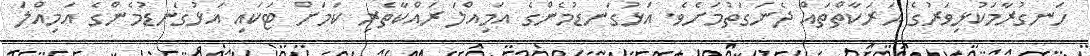
ހަނގުރާމަކުޅިވަރުގެ ޙަރަކާތްތައް ދެނަގަތުމަށެވެ. އަޅުގަނޑުމެންގެ އަމިއްލަ ރައްކާތެރި ކަމަށް ޓަކައި އަޅުގަނޑުމެންގެ އަމިއްލަ